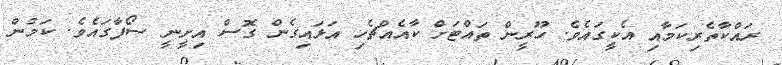
ރައްކާތެރިކަމާއި އެކީގައެވެ. ހޫރީން ތައްޓަށް ކާއެއްޗެހި އަޅައިގެން ގޮސް އިށީނީ ސޯފާގައެވެ. ކަމުން